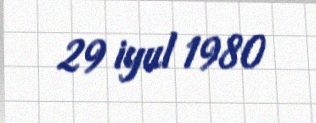
29 iyul 1980